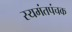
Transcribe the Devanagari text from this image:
स्यमंतपंचक